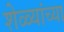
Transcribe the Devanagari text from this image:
शेळ्यांच्या